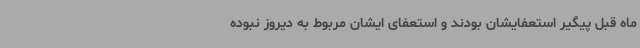
ماه قبل پیگیر استعفایشان بودند و استعفای ایشان مربوط به دیروز نبوده